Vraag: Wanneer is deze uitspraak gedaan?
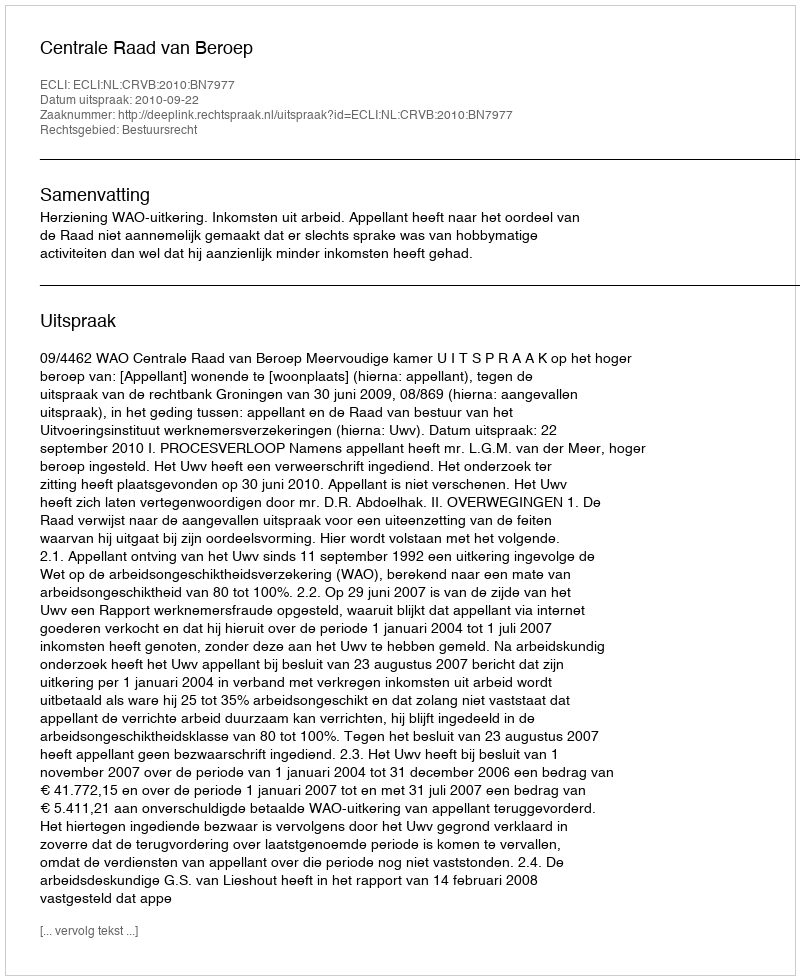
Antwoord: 2010-09-22